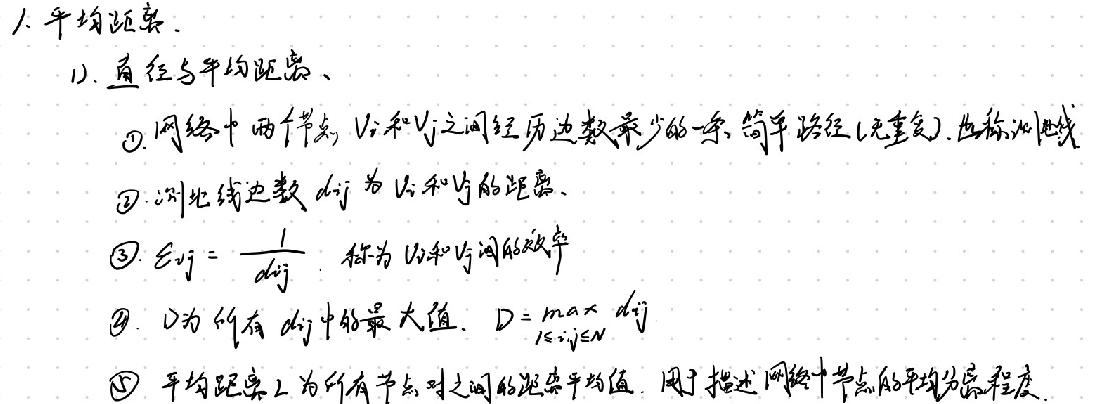
1. 平均距离.
   1). 直径与平均距离、
     \textcircled{1} 网络中两个节点 \(V_i\) 和 \(V_j\) 之间经历边数最少的一条简单路径(无重复), 也称测地线
     \textcircled{2} 测地线边数 \(d_{ij}\) 为 \(V_i\) 和 \(V_j\) 的距离、
     \textcircled{3} \(E_{ij}=\frac{1}{d_{ij}}\) 称为 \(V_i\) 和 \(V_j\) 间的效率
     \textcircled{4} \(D\) 为所有 \(d_{ij}\) 中的最大值. \(D = \max_{1\leq i,j\leq N}d_{ij}\)
     \textcircled{5} 平均距离 \(L\) 为所有节点对之间的距离平均值, 用于描述网络中节点的平均分离程度.